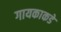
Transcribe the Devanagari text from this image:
गायकाकडे